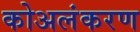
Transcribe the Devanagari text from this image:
कोअलंकरण